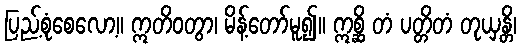
ပြည့်စုံစေလော့။ ဣတိဝတွာ၊ မိန့်တော်မူ၍။ ဣစ္ဆိ တံ ပတ္တိတံ တုယှန္တိ၊